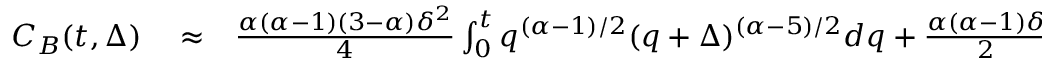
\begin{array} { r l r } { C _ { B } ( t , \Delta ) } & { { } \approx } & { \frac { \alpha ( \alpha - 1 ) ( 3 - \alpha ) \delta ^ { 2 } } { 4 } \int _ { 0 } ^ { t } q ^ { ( \alpha - 1 ) / 2 } ( q + \Delta ) ^ { ( \alpha - 5 ) / 2 } d q + \frac { \alpha ( \alpha - 1 ) \delta } { 2 } \int _ { t } ^ { t + \delta } q ^ { ( \alpha - 1 ) / 2 } ( q + \Delta ) ^ { ( \alpha - 3 ) / 2 } d q } \end{array}